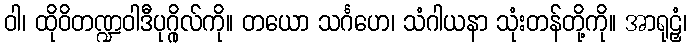
ဝါ၊ ထိုဝိတဏ္ဍဝါဒီပုဂ္ဂိုလ်ကို။ တယော သင်္ဂဟေ၊ သံဂါယနာ သုံးတန်တို့ကို။ အာရုဠှံ၊